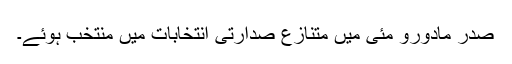
صدر مادورو مئی میں متنازع صدارتی انتخابات میں منتخب ہوئے۔